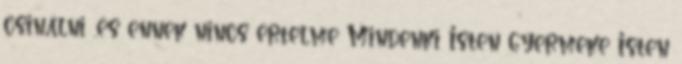
csinálni ,és ennek nincs értelme Mindenki Isten gyermeke Isten